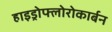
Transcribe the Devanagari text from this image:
हाइड्रोफ्लोरोकार्बन